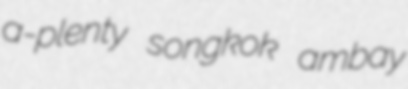
a-plenty songkok ambay